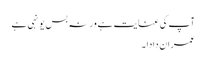
آپ کی عنایت ہے ورنہ بس یونہی ہے
عمران دادا ۔